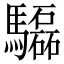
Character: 𩧍